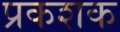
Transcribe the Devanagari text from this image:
प्रकशक